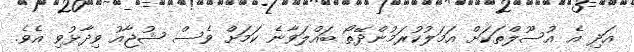
އަދި އެ އުސޫލްތަކަށް އަމަލުކުރަމުންދޭތޯ ބައްލަވާނެ ކަމަށް ވެސް ޝުޖާއު ވިދާޅުވި އެވެ.